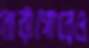
নারীগোরেও